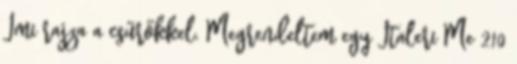
Imi rajza a csűrőkkel. Megrendeltem egy Italeri Me 210